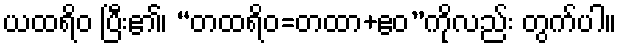
ယထရိဝ ပြီး၏၊ “တထရိဝ=တထာ+ဧဝ”ကိုလည်း တွက်ပါ။